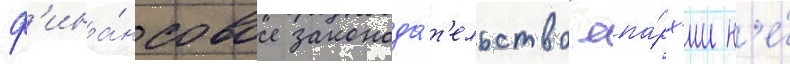
ф'ина́нсовое законода́т'ельство епа́рх'ии н'е́